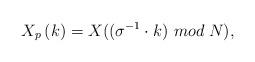
LaTeX: \begin{align*}X_{p}\left(k \right)= X((\sigma^{-1} \cdot k)~mod\;N),\end{align*}